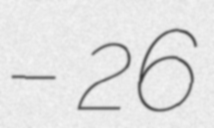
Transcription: – 26